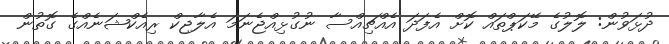
ދުޅަވުން: ލޮލުގެ މޭކަޕްތައް ކޮށް އެފަދަ އެއްޗިއްސާ ނުގުޅިއްޖެނަމަ އެލާޖިކް ރިއެކްޝަނެއްގެ ގޮތުން